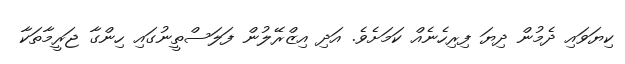
ކިޔަވައި ދެމުން ދިޔަ ފިރިހެނެއް ކަމަށެވެ. އަދި އިޒްރޭލުން ފަލަސްތީނުގައި ހިންގާ ޖަރީމާތަކާ